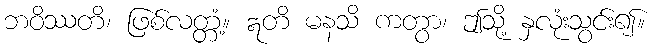
ဘဝိဿတိ၊ ဖြစ်လတ္တံ့။ ဣတိ မနသိ ကတွာ၊ ဤသို့ နှလုံးသွင်း၍။